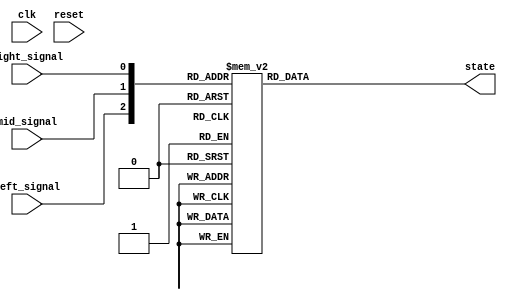
`timescale 1ns/1ps
module tracker_sensor(clk, reset, left_signal, right_signal, mid_signal, state);
    input clk;
    input reset;
    input left_signal, right_signal, mid_signal;
    output reg [3-1:0] state;
    
    parameter STOP = 3'b000;
    parameter LEFT = 3'b001;
    parameter CENTER = 3'b010;
    parameter RIGHT = 3'b011;
    parameter BACKWARD = 3'b100;
    parameter RRIGHT = 3'b101;
    parameter LLEFT = 3'b110;
    // [TO-DO] Receive three signals and make your own policy.
    // Hint: You can use output state to change your action.
    //modified by 109062320
    always@(*)begin
        case({left_signal, mid_signal, right_signal})
            //
            3'b000:state = BACKWARD;
            3'b001:state = RIGHT;
            3'b010:state = CENTER;
            //
            3'b011:state = RRIGHT;
            3'b100:state = LEFT;
            //right or left
            3'b101:state = RIGHT;
            //
            3'b110:state = LLEFT;
            3'b111:state = CENTER;
            default:state = BACKWARD;
        endcase

    end
endmodule